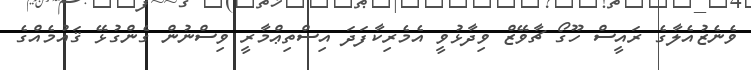
ވެނެޒުއެލާގެ ރައީސް ހޫގޯ ޗާވޭޒް ވިދާޅުވީ އެމެރިކާފަދަ އިސްތިޢްމާރީ ވިސްނުން ގެންގުޅޭ ޤައުމެއްގެ